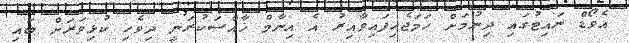
އެވޯޑް ނައިޓުގައި ދިނުމަށް ހަމަޖެހިފައިވާއިރު އެ އިނާމް ޚާއްސަކުރަނީ ދިވެހި ކުޅިވަރަށް ބައި